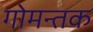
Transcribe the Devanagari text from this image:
गोमन्तक